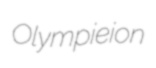
Olympieion